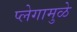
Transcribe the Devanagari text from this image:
प्लेगामुळे